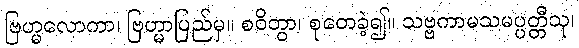
ဗြဟ္မလောကာ၊ ဗြဟ္မာပြည်မှ။ စဝိတွာ၊ စုတေခဲ့၍။ သဗ္ဗကာမသမပ္ပတ္တီသု၊